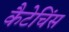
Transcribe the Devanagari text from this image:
कैटेचिंस